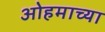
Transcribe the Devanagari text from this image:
ओहमाच्या